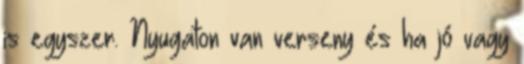
is egyszer. Nyugaton van verseny és ha jó vagy